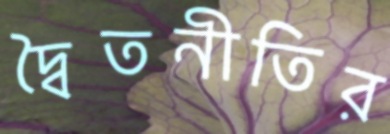
দ্বৈতনীতির